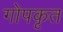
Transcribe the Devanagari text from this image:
गोपकृत